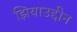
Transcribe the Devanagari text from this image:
झियाउद्दीन